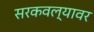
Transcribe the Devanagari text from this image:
सरकवल्यावर